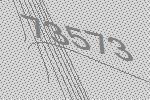
73573